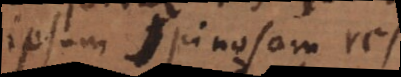
ipsum Spinosam res